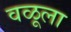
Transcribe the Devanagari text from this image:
वळूला